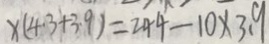
x ( 4 . 3 + 3 . 9 ) = 2 4 4 - 1 0 \times 3 . 9